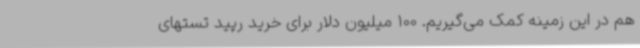
هم در این زمینه کمک می‌گیریم. 100 میلیون دلار برای خرید رپید تستهای